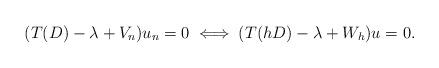
LaTeX: \begin{align*}(T(D)-\lambda+V_n)u_n=0\iff (T(hD)-\lambda+W_h)u=0.\end{align*}